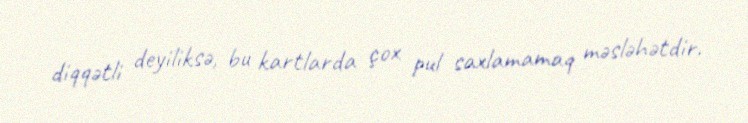
diqqətli deyiliksə, bu kartlarda çox pul saxlamamaq məsləhətdir.